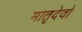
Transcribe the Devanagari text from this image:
मातृदेवो